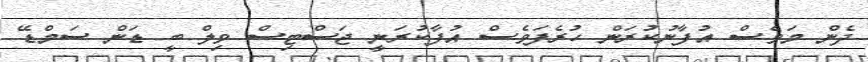
ދެން މަވެސް އުފާނުކުރަން ހުރެފަވެސް އުފާކުރަަނީ ޖަސްޓިސް ވިލް ބީ ޑަން ސަމްޑޭ